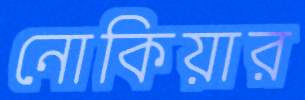
নোকিয়ার